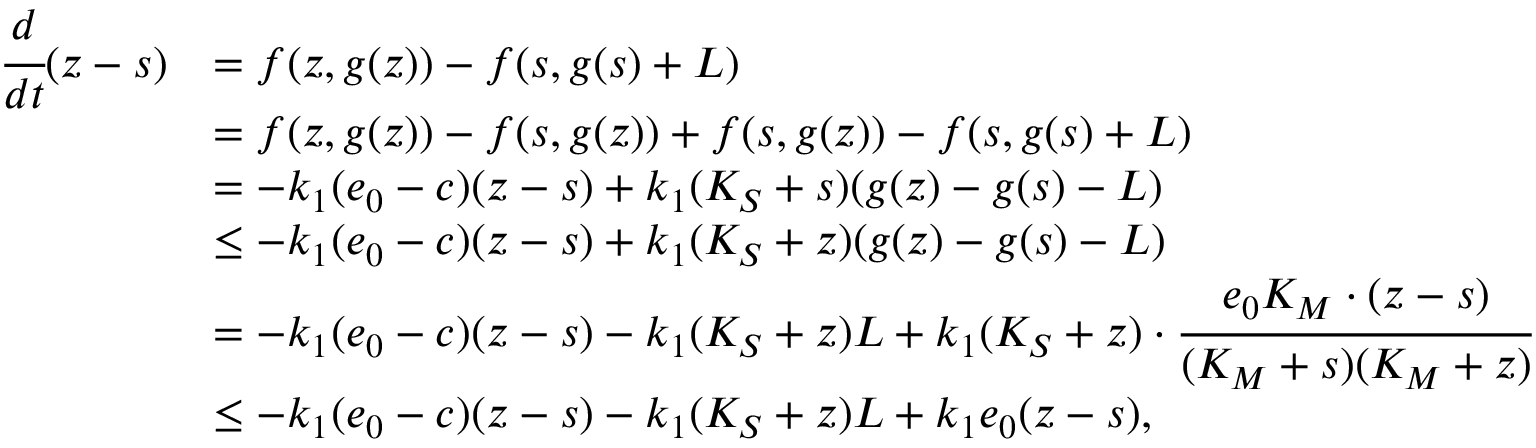
\begin{array} { r l } { \cfrac { d } { d t } ( z - s ) } & { = f ( z , g ( z ) ) - f ( s , g ( s ) + L ) } \\ & { = f ( z , g ( z ) ) - f ( s , g ( z ) ) + f ( s , g ( z ) ) - f ( s , g ( s ) + L ) } \\ & { = - k _ { 1 } ( e _ { 0 } - c ) ( z - s ) + k _ { 1 } ( K _ { S } + s ) ( g ( z ) - g ( s ) - L ) } \\ & { \leq - k _ { 1 } ( e _ { 0 } - c ) ( z - s ) + k _ { 1 } ( K _ { S } + z ) ( g ( z ) - g ( s ) - L ) } \\ & { = - k _ { 1 } ( e _ { 0 } - c ) ( z - s ) - k _ { 1 } ( K _ { S } + z ) L + k _ { 1 } ( K _ { S } + z ) \cdot \cfrac { e _ { 0 } K _ { M } \cdot ( z - s ) } { ( K _ { M } + s ) ( K _ { M } + z ) } } \\ & { \leq - k _ { 1 } ( e _ { 0 } - c ) ( z - s ) - k _ { 1 } ( K _ { S } + z ) L + k _ { 1 } e _ { 0 } ( z - s ) , } \end{array}